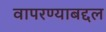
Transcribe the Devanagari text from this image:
वापरण्याबद्दल